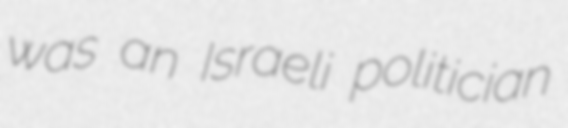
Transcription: was an Israeli politician